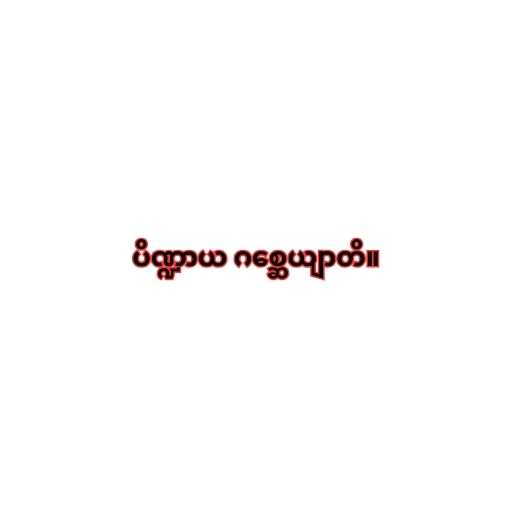
ပိဏ္ဍာယ ဂစ္ဆေယျာတိ။